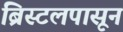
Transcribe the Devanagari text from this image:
ब्रिस्टलपासून